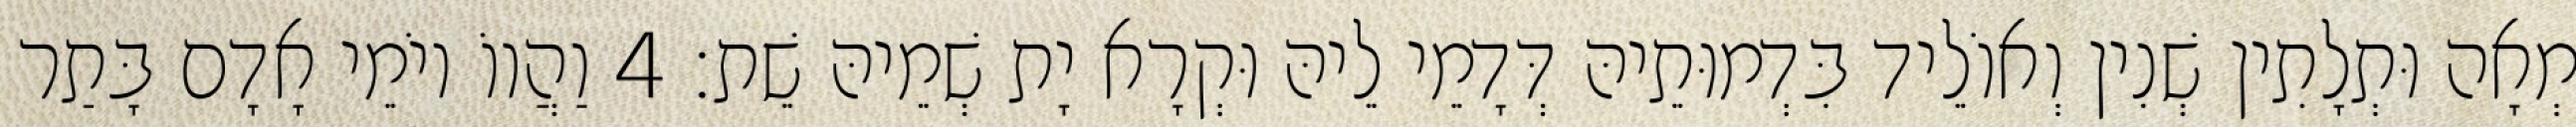
מְאָה וּתְלָתִין שְׁנִין וְאוֹלֵיד בִּדְמוּתֵיהּ דְּדָמֵי לֵיהּ וּקְרָא יָת שְׁמֵיהּ שֵׁת׃ 4 וַהֲווֹ יוֹמֵי אָדָם בָּתַר